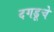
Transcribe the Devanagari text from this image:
दगडूचे